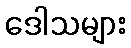
ဒေါသများ